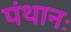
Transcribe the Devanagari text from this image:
पंथानः